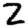
Digit: 2